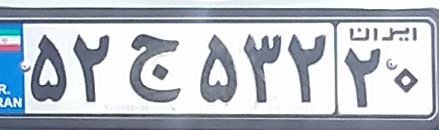
۵۲ج۵۳۲۲۰